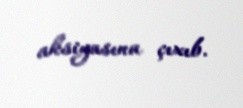
aksiyasına çıxıb.